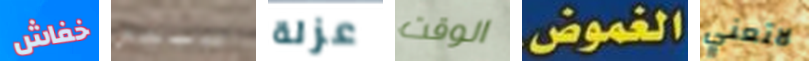
خفاش سبيس عزلة الوقت الغموض. لاتعني